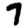
Digit: 7